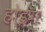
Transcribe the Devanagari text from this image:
होइंग